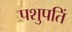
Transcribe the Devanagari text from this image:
पशुपतिं